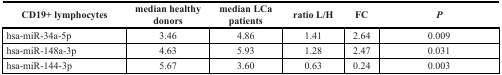
| CD19+ lymphocytes | median healthy donors | median LCa patients | ratio L/H | FC | P |
 | --- | --- | --- | --- | --- | --- |
 | hsa-miR-34a-5p | 3.46 | 4.86 | 1.41 | 2.64 | 0.009 |
 | hsa-miR-148a-3p | 4.63 | 5.93 | 1.28 | 2.47 | 0.031 |
 | hsa-miR-144-3p | 5.67 | 3.60 | 0.63 | 0.24 | 0.003 |